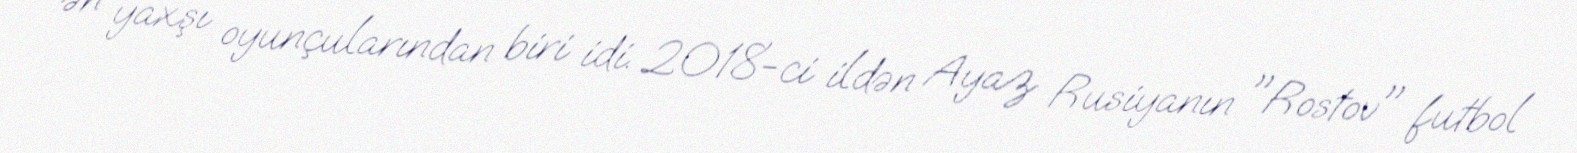
ən yaxşı oyunçularından biri idi. 2018-ci ildən Ayaz Rusiyanın "Rostov" futbol